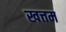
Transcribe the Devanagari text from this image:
खत्तम